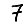
Digit: 7